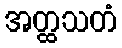
အတ္ထသတံ